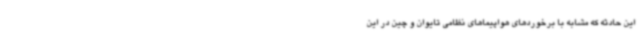
این حادثه که مشابه با برخوردهای هواپیماهای نظامی تایوان و چین در این